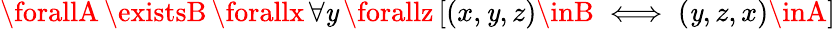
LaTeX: \forallA\, \existsB\, \forallx\, \forall\mathit{y}\, \forallz\, [(x,\mathit{y},z)\inB\iff(\mathit{y},z,x)\inA]